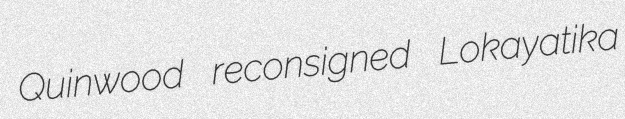
Quinwood reconsigned Lokayatika